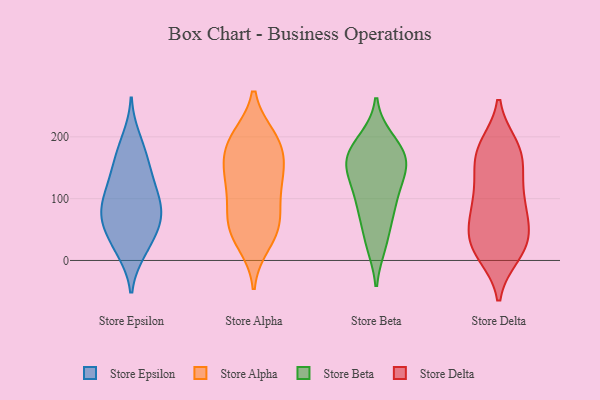
{"axis": {"x": "Conversion Rate (%)", "y": "Value"}, "legend": ["Store Alpha", "Store Beta", "Store Delta", "Store Epsilon"], "data": [{"x": "", "y": 14, "type": "Store Epsilon"}, {"x": "", "y": 35, "type": "Store Epsilon"}, {"x": "", "y": 157, "type": "Store Epsilon"}, {"x": "", "y": 68, "type": "Store Epsilon"}, {"x": "", "y": 99, "type": "Store Epsilon"}, {"x": "", "y": 56, "type": "Store Epsilon"}, {"x": "", "y": 98, "type": "Store Epsilon"}, {"x": "", "y": 14, "type": "Store Epsilon"}, {"x": "", "y": 94, "type": "Store Epsilon"}, {"x": "", "y": 123, "type": "Store Epsilon"}, {"x": "", "y": 68, "type": "Store Epsilon"}, {"x": "", "y": 125, "type": "Store Epsilon"}, {"x": "", "y": 178, "type": "Store Epsilon"}, {"x": "", "y": 198, "type": "Store Epsilon"}, {"x": "", "y": 76, "type": "Store Epsilon"}, {"x": "", "y": 54, "type": "Store Epsilon"}, {"x": "", "y": 152, "type": "Store Epsilon"}, {"x": "", "y": 163, "type": "Store Alpha"}, {"x": "", "y": 198, "type": "Store Alpha"}, {"x": "", "y": 126, "type": "Store Alpha"}, {"x": "", "y": 57, "type": "Store Alpha"}, {"x": "", "y": 139, "type": "Store Alpha"}, {"x": "", "y": 28, "type": "Store Alpha"}, {"x": "", "y": 45, "type": "Store Alpha"}, {"x": "", "y": 88, "type": "Store Alpha"}, {"x": "", "y": 182, "type": "Store Alpha"}, {"x": "", "y": 74, "type": "Store Alpha"}, {"x": "", "y": 148, "type": "Store Alpha"}, {"x": "", "y": 194, "type": "Store Alpha"}, {"x": "", "y": 50, "type": "Store Alpha"}, {"x": "", "y": 199, "type": "Store Alpha"}, {"x": "", "y": 120, "type": "Store Alpha"}, {"x": "", "y": 26, "type": "Store Beta"}, {"x": "", "y": 160, "type": "Store Beta"}, {"x": "", "y": 154, "type": "Store Beta"}, {"x": "", "y": 163, "type": "Store Beta"}, {"x": "", "y": 29, "type": "Store Beta"}, {"x": "", "y": 142, "type": "Store Beta"}, {"x": "", "y": 192, "type": "Store Beta"}, {"x": "", "y": 195, "type": "Store Beta"}, {"x": "", "y": 163, "type": "Store Beta"}, {"x": "", "y": 80, "type": "Store Beta"}, {"x": "", "y": 125, "type": "Store Beta"}, {"x": "", "y": 90, "type": "Store Beta"}, {"x": "", "y": 75, "type": "Store Beta"}, {"x": "", "y": 114, "type": "Store Beta"}, {"x": "", "y": 173, "type": "Store Beta"}, {"x": "", "y": 90, "type": "Store Delta"}, {"x": "", "y": 178, "type": "Store Delta"}, {"x": "", "y": 185, "type": "Store Delta"}, {"x": "", "y": 112, "type": "Store Delta"}, {"x": "", "y": 66, "type": "Store Delta"}, {"x": "", "y": 150, "type": "Store Delta"}, {"x": "", "y": 70, "type": "Store Delta"}, {"x": "", "y": 15, "type": "Store Delta"}, {"x": "", "y": 14, "type": "Store Delta"}, {"x": "", "y": 120, "type": "Store Delta"}, {"x": "", "y": 185, "type": "Store Delta"}, {"x": "", "y": 97, "type": "Store Delta"}, {"x": "", "y": 26, "type": "Store Delta"}, {"x": "", "y": 159, "type": "Store Delta"}, {"x": "", "y": 56, "type": "Store Delta"}, {"x": "", "y": 173, "type": "Store Delta"}, {"x": "", "y": 33, "type": "Store Delta"}, {"x": "", "y": 35, "type": "Store Delta"}, {"x": "", "y": 10, "type": "Store Delta"}]}